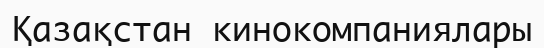
Қазақстан кинокомпаниялары